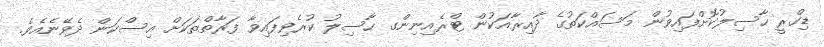
ޑިގްރީ ހާސިލުކޮށްފައިވުން މަސައްކަތުގެ ދާއިރާއަކުން ޓްރެއިނިންގ ހާސިލު ކުރެވިފައިވާ ފަރާތްތަކަށް އިސްކަން ދެވޭނެއެވެ.